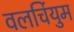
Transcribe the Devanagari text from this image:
वलर्चियुम